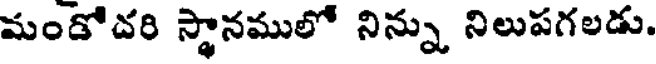
మండోదరి స్థానములో నిన్ను నిలుపగలడు.